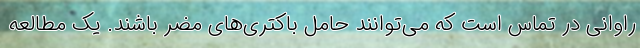
راوانی در تماس است که می‌توانند حامل باکتری‌های مضر باشند. یک مطالعه